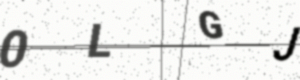
Text: 0LGJ